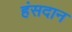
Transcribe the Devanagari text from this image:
हंसदान